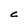
Character: C